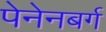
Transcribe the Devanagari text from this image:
पेनेनबर्ग